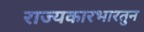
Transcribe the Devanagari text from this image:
राज्यकारभारतुन